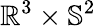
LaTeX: \mathbb{R}^{3}\times\mathbb{S}^{2}